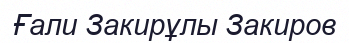
Ғали Закирұлы Закиров